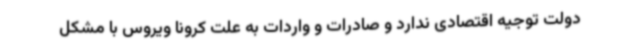
دولت توجیه اقتصادی ندارد و صادرات و واردات به علت کرونا ویروس با مشکل